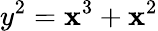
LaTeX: y^{2}=\mathbf{x}^{3}+\mathbf{x}^{2}